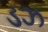
ડઝ